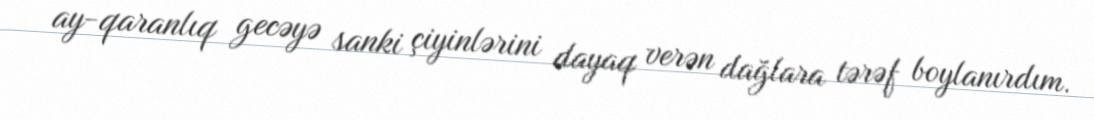
ay-qaranlıq gecəyə sanki çiyinlərini dayaq verən dağlara tərəf boylanırdım.